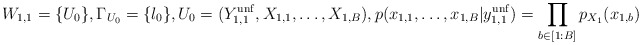
\begin{align*} W_{1,1}=\{U_0\}, \Gamma_{U_0}= \{l_0\}, U_0=(Y_{1,1}^{\mathrm{unf}}, X_{1,1}, \ldots, X_{1,B}), p(x_{1,1}, \ldots, x_{1,B}| y_{1,1}^{\mathrm{unf}})=\prod_{b\in [1:B]} p_{X_1}(x_{1,b}) \end{align*}